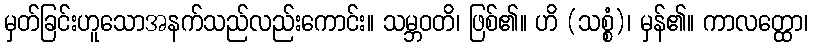
မှတ်ခြင်းဟူသောအနက်သည်လည်းကောင်း။ သမ္ဘဝတိ၊ ဖြစ်၏။ ဟိ (သစ္စံ)၊ မှန်၏။ ကာလတ္ထော၊